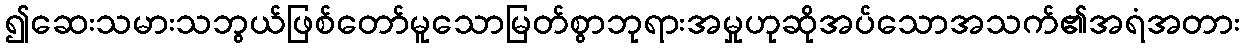
၍ဆေးသမားသဘွယ်ဖြစ်တော်မူသောမြတ်စွာဘုရားအမှုဟုဆိုအပ်သောအသက်၏အရံအတား